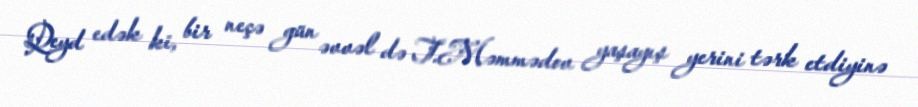
Qeyd edək ki, bir neçə gün əvvəl də T.Məmmədov yaşayış yerini tərk etdiyinə